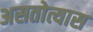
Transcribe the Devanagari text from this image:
असतोत्यास